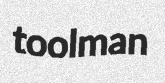
toolman